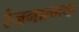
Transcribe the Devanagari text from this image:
रंजनात्मक